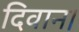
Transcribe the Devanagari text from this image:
दिवान।